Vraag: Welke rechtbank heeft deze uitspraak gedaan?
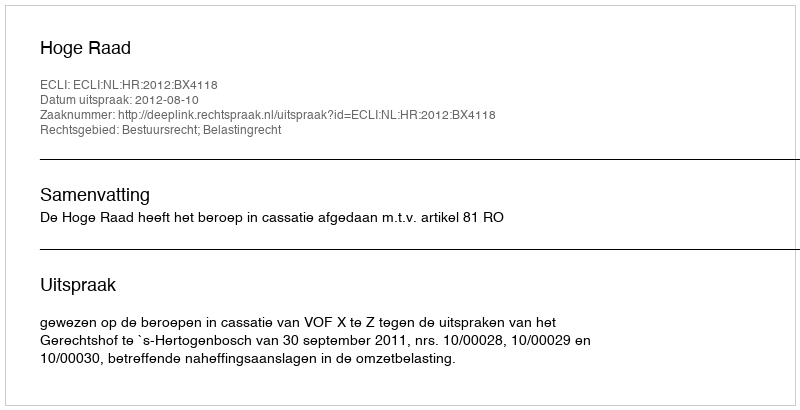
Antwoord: Hoge Raad